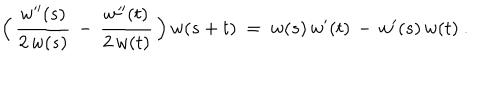
\Bigl ( \, { \frac { w ^ { \prime \prime } ( s ) } { 2 \, w ( s ) } } \, - \, { \frac { w ^ { \prime \prime } ( t ) } { 2 \, w ( t ) } } \, \Bigr ) \, w ( s + t ) ~ = ~ w ( s ) \, w ^ { \prime } ( t ) \, - \, w ^ { \prime } ( s ) \, w ( t ) ~ .